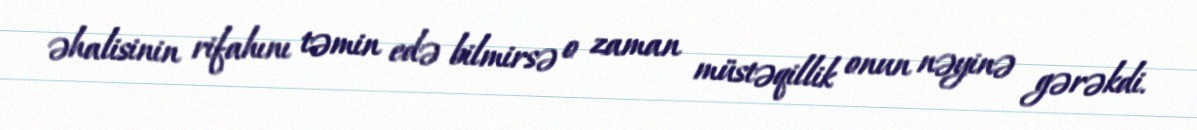
əhalisinin rifahını təmin edə bilmirsə o zaman müstəqillik onun nəyinə gərəkdi.